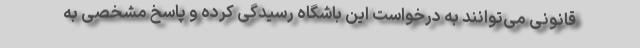
قانونی می‌توانند به درخواست این باشگاه رسیدگی کرده و پاسخ مشخصی به